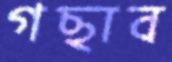
গছাব